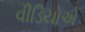
વીડિયોએ